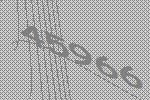
45966